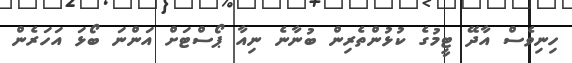
ހިނިވެސް އާދޭ ޓީމުގެ ކުޅުންތެރިން ބުނާނެ ނިއާ ޕޯސްޓަށް އަންނަ ބޯޅަ އަހަރެން